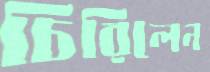
চিরিলেন